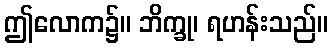
ဤလောက၌။ ဘိက္ခု၊ ရဟန်းသည်။